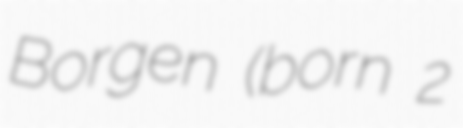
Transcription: Borgen (born 2